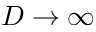
D \rightarrow \infty